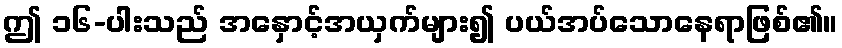
ဤ ၁၆-ပါးသည် အနှောင့်အယှက်များ၍ ပယ်အပ်သောနေရာဖြစ်၏။